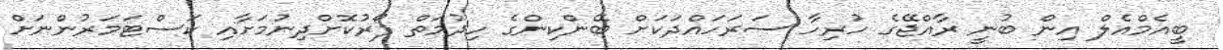
ބީއެމްއެލް އިން ބުނީ ރާއްޖޭގެ ހުރިހާ ސަރަހައްދަކަށް ބޭންކިންގެ ހިދުމަތް ފޯރުކޮށްދިނުމަށާއި ކަސްޓަމަރުންނަށް